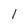
Character: 1